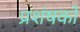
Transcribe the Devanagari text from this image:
प्रशंषकों